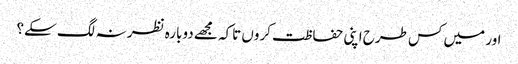
اور میں کس طرح اپنی حفاظت کروں تاکہ مجھے دوبارہ نظر نہ لگ سکے؟